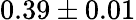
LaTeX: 0.39\pm 0.01